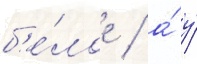
б'е́лое / а́ у́